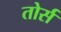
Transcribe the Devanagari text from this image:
तोर्स